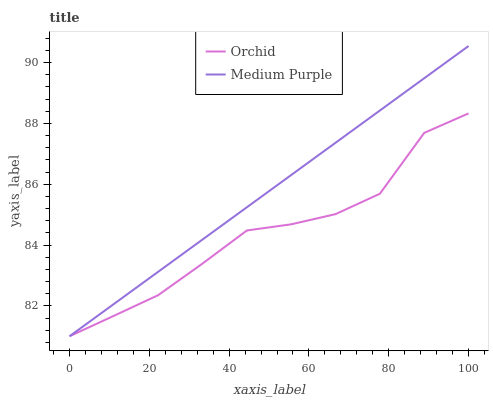
| xaxis_label | Orchid | Medium Purple |
 | --- | --- | --- |
 | 0 | 81 | 81 |
 | 11.1 | 81.7 | 82.1 |
 | 22.2 | 82.4 | 83.1 |
 | 33.3 | 83.4 | 84.2 |
 | 44.4 | 84.5 | 85.2 |
 | 55.6 | 84.7 | 86.3 |
 | 66.7 | 85 | 87.4 |
 | 77.8 | 85.7 | 88.4 |
 | 88.9 | 87.7 | 89.5 |
 | 100 | 88.3 | 90.5 |